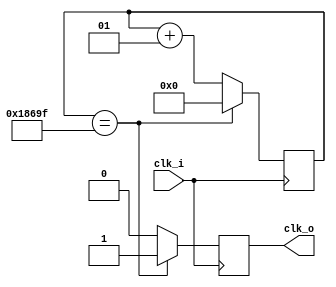
`timescale 1ns / 1ps

module clk500hz(
    input clk_i,
    output reg clk_o
    );
integer cnt = 0;
initial clk_o <= 0;
always @(posedge clk_i) begin
    if (cnt == 99999) begin
        cnt = 0;
        clk_o <= 1;
    end else begin
        cnt = cnt + 1;
        clk_o <= 0;
    end
end
endmodule